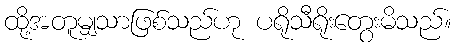
ထို့အတူမျှသာဖြစ်သည်ဟု ပရိုသီရိုးတွေးမိသည်။